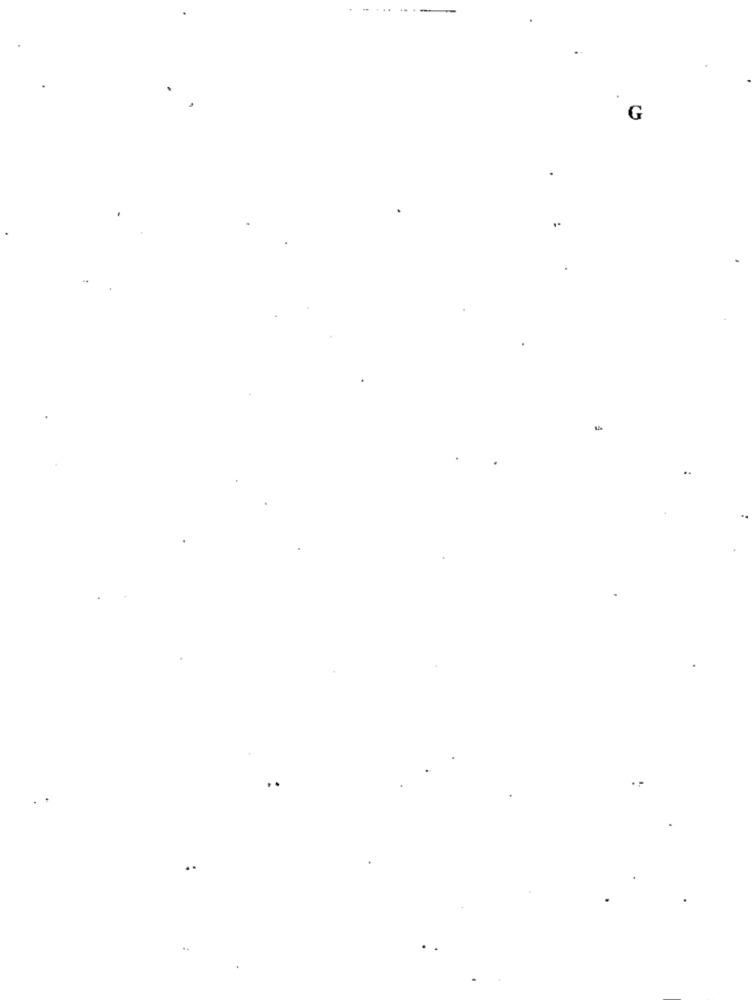
G
..